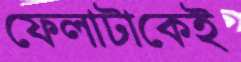
ফেলাটাকেই